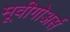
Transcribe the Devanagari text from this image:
मूवीगोअर्स